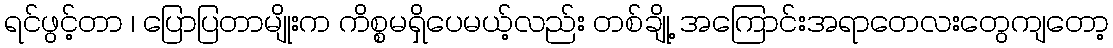
ရင်ဖွင့်တာ ၊ ပြောပြတာမျိုးက ကိစ္စမရှိပေမယ့်လည်း တစ်ချို့ အကြောင်းအရာတေလးတွေကျတော့